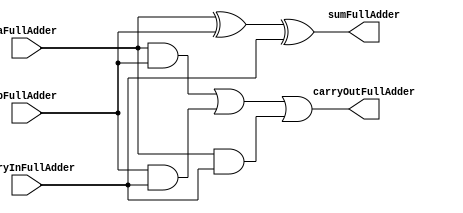
`timescale 1ns / 1ps
module FullAdder (
    input aFullAdder,
    input bFullAdder,
    input carryInFullAdder,
    output sumFullAdder,
    output carryOutFullAdder
);
assign sumFullAdder = aFullAdder ^ bFullAdder ^ carryInFullAdder;
assign carryOutFullAdder = aFullAdder & bFullAdder | bFullAdder & carryInFullAdder | aFullAdder & carryInFullAdder;

endmodule